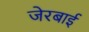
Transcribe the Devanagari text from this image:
जेरबाई